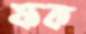
ফক